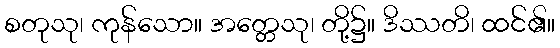
စတုသု၊ ကုန်သော။ အတ္တေသု၊ တို့၌။ ဒိဿတိ၊ ထင်၏။